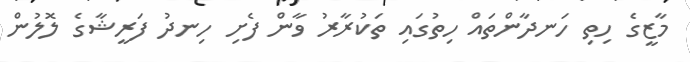
މާޒީގެ ހިތި ހަނދާންތައް ހިތުގައި ތަކުރާރު ވާން ފެށި ހިނދު ފަރީޝާގެ ލޮލުން